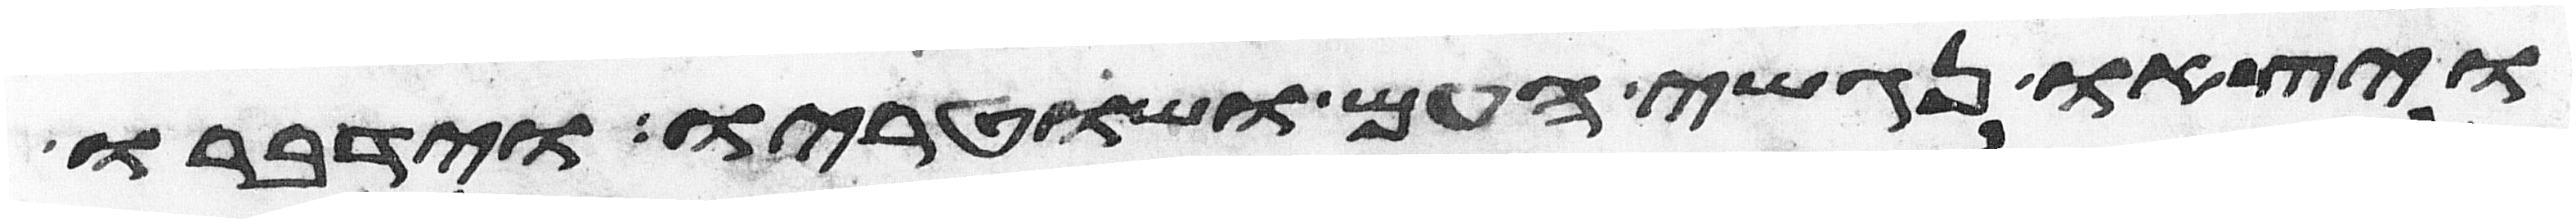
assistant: ויצאו נגשי העם ושוטריו וידברו